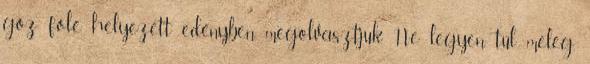
gőz fölé helyezett edényben megolvasztjuk. Ne legyen túl meleg,